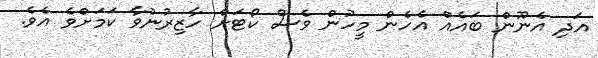
އަދި އެނޫން ބައެއް އެހެން މީހުން ވެސް ކޯޓަށް ހާޒިރުނުވާ ކަމަށްވެ އެވެ.